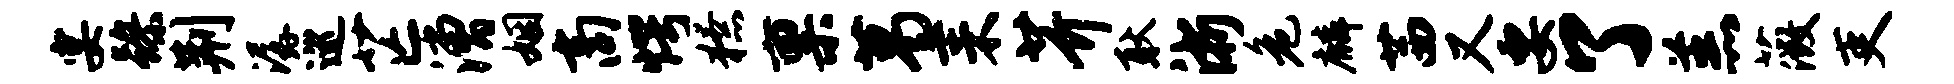
宴躁荆潺巡芒漕姻商愕獠禀葛耒芥耿浙危麟茜又要了羔薇吏